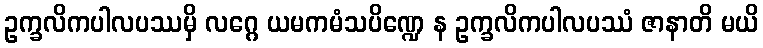
ဥက္ခလိကပါလပဿမှိ လဂ္ဂေ ယမကမံသပိဏ္ဍေ န ဥက္ခလိကပါလပဿံ ဇာနာတိ မယိ